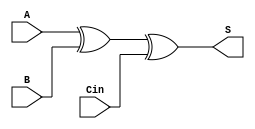
// Simple Adder Implementation

`timescale 1ns / 1ps

module simple_add
  ( A,
    B,
    Cin,
    S );
    
input wire [0:0] A;
input wire [0:0] B;
input wire [0:0] Cin;
output wire [0:0] S;

assign S = (A ^ B) ^ Cin;
    
endmodule